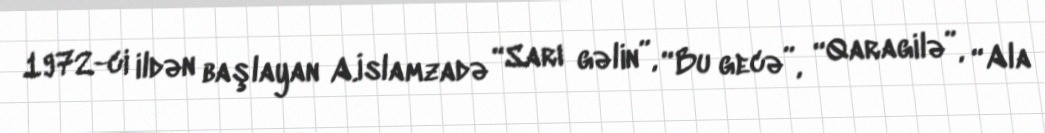
1972-ci ildən başlayan A.İslamzadə “Sarı gəlin”, “Bu gecə”, “Qaragilə”, “Ala